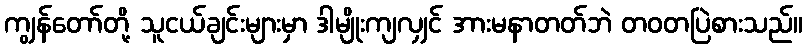
ကျွန်တော်တို့ သူငယ်ချင်းများမှာ ဒါမျိုးကျလျှင် အားမနာတတ်ဘဲ တဝတပြဲစားသည်။